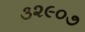
૩૨૯૦૭